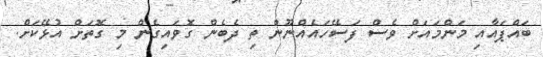
ބައްޕައާއި މަންމައަށް ވެސް ފަސޭހައެއްނޫން ތި ދެބެން ގޮވައިގެން މި ގޮތަށް އުޅޭކަށް.